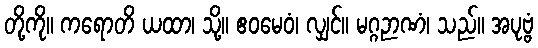
တို့ကို။ ကရောတိ ယထာ၊ သို့။ ဧဝမေဝံ၊ လျှင်။ မဂ္ဂဉာဏံ၊ သည်။ အပုဗ္ဗံ